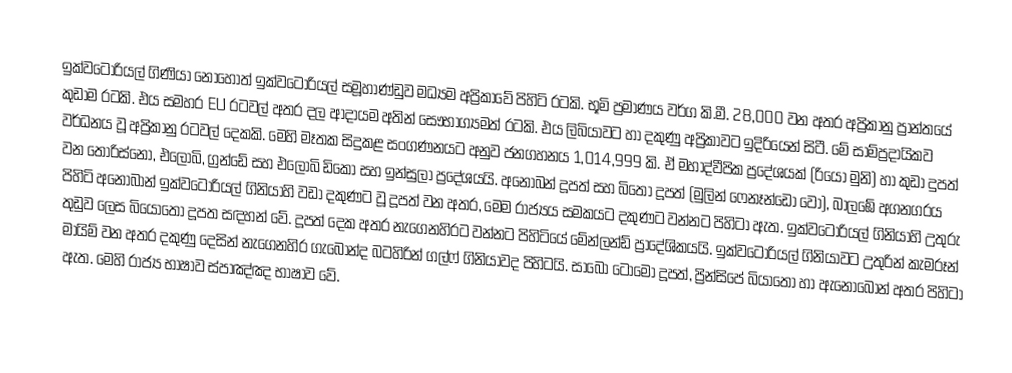
ඉක්වටෝරියල් ගිණියා නොහොත් ඉක්වටෝරියල් සමූහාණ්ඩුව මධ්‍යම අප්‍රිකාවේ පිහිටි රටකි. භූමි ප්‍රමාණය වර්ග කි.මී. 28,000 වන අතර අප්‍රිකානු ප්‍රාන්තයේ කුඩාම රටකි. එය සමහර EU රටවල් අතර දල ආදායම අතින් සෞභාග්‍යමත් රටකි. එය ලිබියාවට හා දකුණු අප්‍රිකාවට ඉදිරියෙන් සිටී. මේ සාම්ප්‍රදායිකව වර්ධනය වූ අප්‍රිකානු රටවල් දෙකකි. මෙහි මෑතක සිදුකළ සංගණනයට අනුව ජනගහනය 1,014,999 කි. ඒ මහාද්වීපික ප්‍රදේශයක් (රියෝ මුනි) හා කුඩා දුපත් වන තොරිස්නෝ, එලෝබි, ග්‍රන්ඩේ සහ එලෝබි ඩිකෝ සහ ඉන්සුලා ප්‍රදේශයයි. අනොබන් දූපත් සහ බිතෝ දූපත් (මුලින් ෆෙනෑන්ඩෝ වෝ), බාලඹේ අගනගරය පිහිටි අනෝබාන් ඉක්වටෝරියල් ගිනියාහි වඩා දකුණට වූ දූපත් වන අතර, මෙම රාජ්‍යය සමකයට දකුණට වන්නට පිහිටා ඇත. ඉක්වටෝරියල් ගිනියාහි උතුරු තුඩුව ලෙස බියෝතෝ දූපත සඳහන් වේ. දූපත් දෙක අතර නැගෙනහිරට වන්නට පිහිටියේ මේන්ලන්ඩ් ප්‍රාදේශිකයයි. ඉක්වටෝරියල් ගිනියාවට උතුරින් කැමරූන් මායිම් වන අතර දකුණු දෙසින් නැගෙනහිර ගැබෝන්ද බටහිරින් ගල්ෆ් ගිනියාවද පිහිටයි. සාබෝ ටොමෝ දූපත්, ප්‍රින්සි‍පේ බියාතෝ හා ඇනෝබොන් අතර පිහිටා ඇත. මෙහි රාජ්‍ය භාෂාව ස්පාඤ්ඤ භාෂාව වේ.